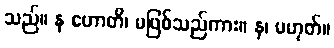
သည်။ န ဟောတိ၊ မဖြစ်သည်ကား။ န၊ မဟုတ်။